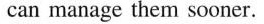
manage them sooner.